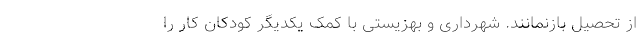
از تحصیل بازنمانند. شهرداری و بهزیستی با کمک یکدیگر کودکان کار را